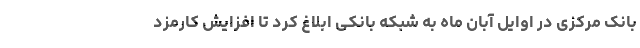
بانک مرکزی در اوایل آبان ماه به شبکه بانکی ابلاغ کرد تا افزایش کارمزد